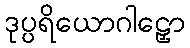
ဒုပ္ပရိယောဂါဠှော